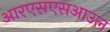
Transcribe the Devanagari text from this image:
आरएसएसआउल